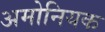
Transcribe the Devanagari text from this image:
अमोनियक